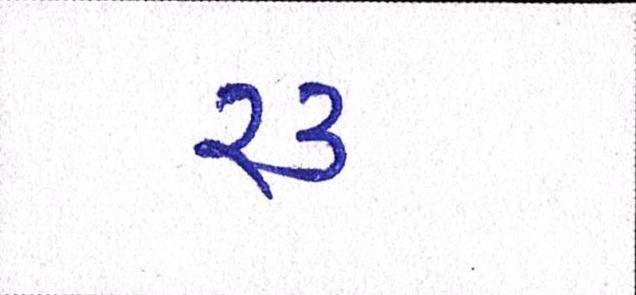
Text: ૨૩